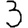
Digit: 3